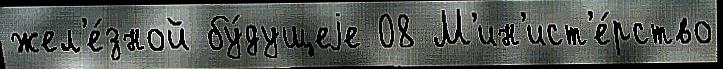
жел'е́зной бу́дущеjе 08 М'ин'ист'е́рство